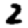
Digit: 2